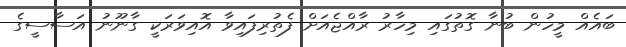
ބައެއް މީހުން ބުނާ ގޮތުގައި މިހާރު ރާއްޖެއަށް ފެތުރިފައިވާ އޮއިވަރަކީ ގާނޫނު އަސާސީގެ